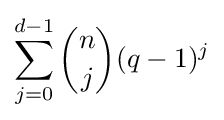
\sum _{j=0}^{d-1}{\binom {n}{j}}(q-1)^{j}